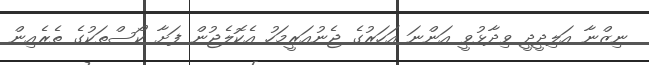
ނިޒްނާ އަލިދީދީ ވިދާޅުވީ އަންނަ އަހަރުގެ ޖެނުއަރީމަހު އެކޮލެޖުން ފަށާ ކޯސްތަކުގެ ތެރެއިން